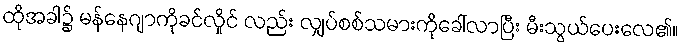
ထိုအခါ၌ မန်နေဂျာကိုခင်လှိုင် လည်း လျှပ်စစ်သမားကိုခေါ်လာပြီး မီးသွယ်ပေးလေ၏။